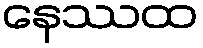
နေဿထ